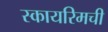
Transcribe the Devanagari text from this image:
स्कायरिमची